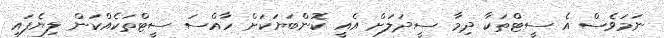
ނަމަވެސް އެ ސީޓްތަކާ ދިމާ ސީދަލަށް އެއީ ކޮންބަޔަކަށް ހާއްސަ ސީޓްތަކެއްކަން ލިޔެފައި